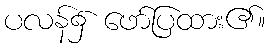
ပလန်၌ ဖော်ပြထား၏။